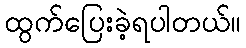
ထွက်ပြေးခဲ့ရပါတယ်။